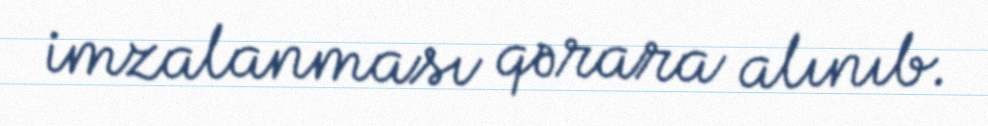
imzalanması qərara alınıb.